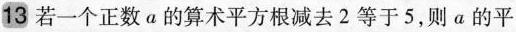
13 若一个正数a的算术平方根减去2等于5，则a的平